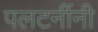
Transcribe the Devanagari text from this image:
पलटनींनी